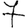
Digit: 7